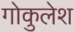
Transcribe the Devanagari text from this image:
गोकुलेश